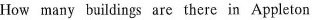
How many buildings are there in Appleton